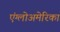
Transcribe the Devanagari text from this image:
एंग्लोअमेरिका